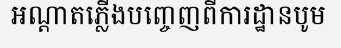
អណ្តាតភ្លើងបញ្ចេញពីការដ្ឋានបូម